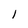
Character: 1